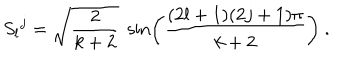
S _ { l } { } ^ { j } = \sqrt { \frac { 2 } { k + 2 } } \; \sin \left( \frac { ( 2 l + 1 ) ( 2 j + 1 ) \pi } { k + 2 } \right) \ .